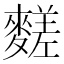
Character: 䴾